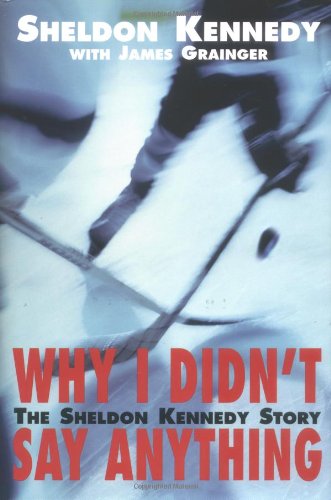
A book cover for Why I Didn't Say Anything: The Sheldon Kennedy Story; Sheldon Kennedy; Biographies & Memoirs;